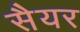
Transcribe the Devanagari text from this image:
सैयर